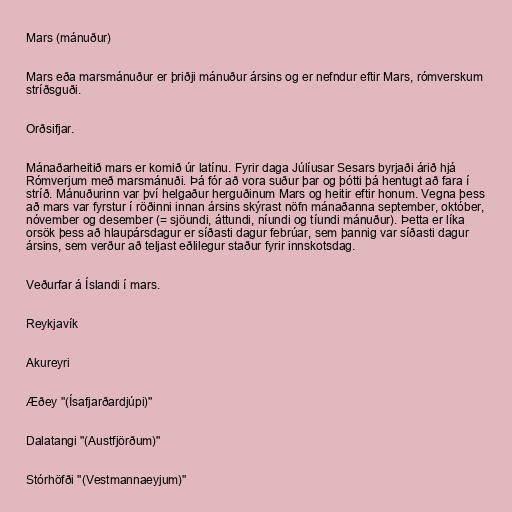
Mars (mánuður)

Mars eða marsmánuður er þriðji mánuður ársins og er nefndur eftir Mars, rómverskum
stríðsguði.

Orðsifjar.

Mánaðarheitið mars er komið úr latínu. Fyrir daga Júlíusar Sesars byrjaði árið hjá
Rómverjum með marsmánuði. Þá fór að vora suður þar og þótti þá hentugt að fara í
stríð. Mánuðurinn var því helgaður herguðinum Mars og heitir eftir honum. Vegna þess
að mars var fyrstur í röðinni innan ársins skýrast nöfn mánaðanna september, október,
nóvember og desember (= sjöundi, áttundi, níundi og tíundi mánuður). Þetta er líka
orsök þess að hlaupársdagur er síðasti dagur febrúar, sem þannig var síðasti dagur
ársins, sem verður að teljast eðlilegur staður fyrir innskotsdag.

Veðurfar á Íslandi í mars.

Reykjavík

Akureyri

Æðey "(Ísafjarðardjúpi)"

Dalatangi "(Austfjörðum)"

Stórhöfði "(Vestmannaeyjum)"